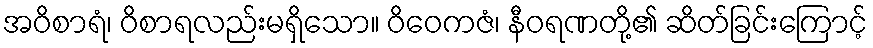
အဝိစာရံ၊ ဝိစာရလည်းမရှိသော။ ဝိဝေကဇံ၊ နီဝရဏတို့၏ ဆိတ်ခြင်းကြောင့်